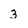
Character: 3